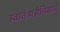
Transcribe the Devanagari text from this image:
स्वातंत्र्यसैनिकाचे